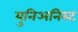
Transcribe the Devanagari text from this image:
युनिअनिस्ट